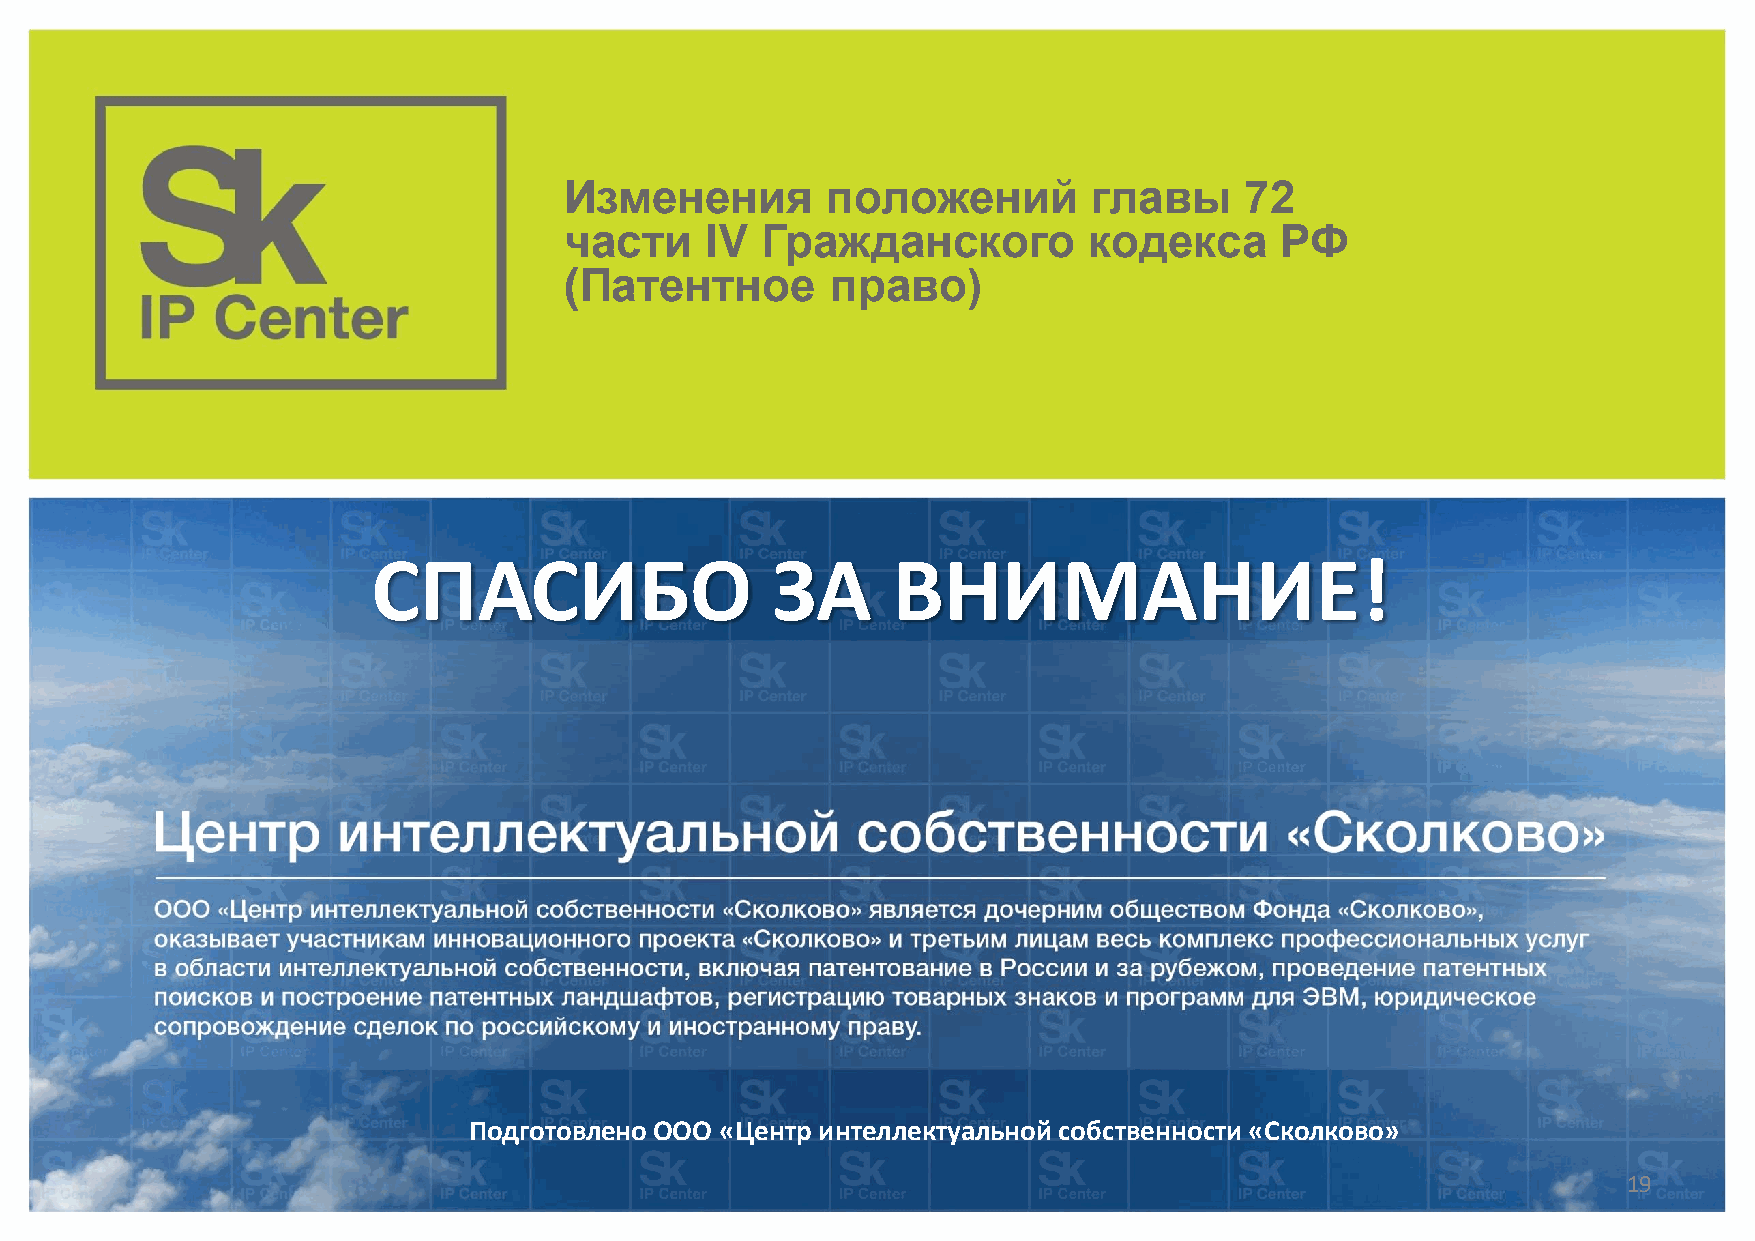
Изменения         положений        главы     72
 части     IV Гражданского          кодекса      РФ
 (Патентное        право)
 СПАСИБО                   ЗА      ВНИМАНИЕ!
 Подготовлено ООО «Центр интеллектуальной собственности «Сколково»
 19